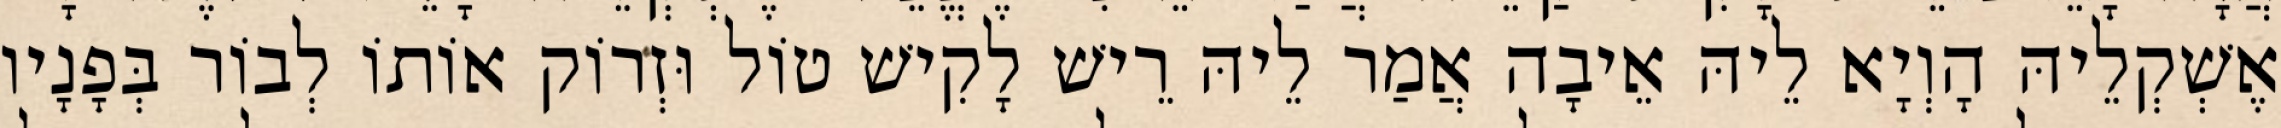
אֶשְׁקְלֵיהּ הָוְיָא לֵיהּ אֵיבָה אֲמַר לֵיהּ רֵישׁ לָקִישׁ טוֹל וּזְרוֹק אוֹתוֹ לְבוֹר בְּפָנָיו